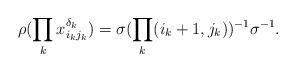
LaTeX: \begin{align*}\rho(\prod_{k}x_{i_kj_k}^{\delta_k}) = \sigma(\prod_{k}(i_k+1,j_k))^{-1}\sigma^{-1}.\end{align*}